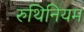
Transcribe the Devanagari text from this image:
रुथिनियम